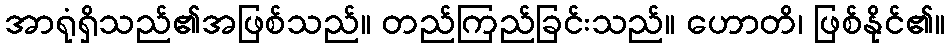
အာရုံရှိသည်၏အဖြစ်သည်။ တည်ကြည်ခြင်းသည်။ ဟောတိ၊ ဖြစ်နိုင်၏။